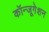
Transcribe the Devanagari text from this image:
कॉन्जूगेशन